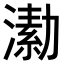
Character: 𣾗